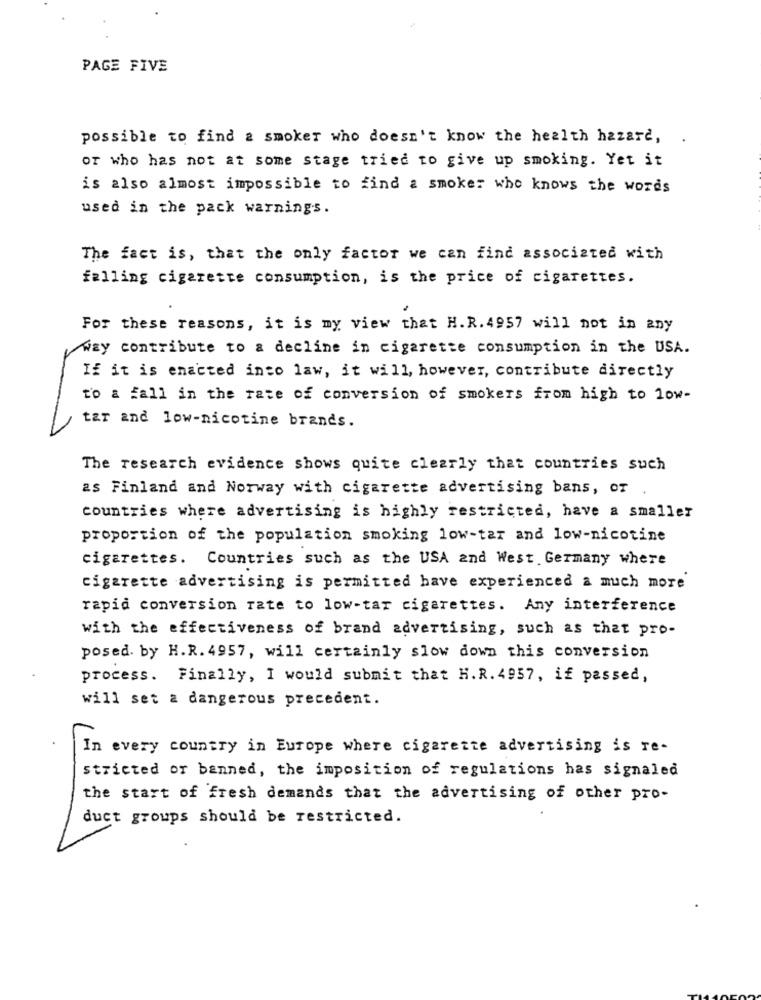
PAGE FIVE
possible to find a smoker who doesn't know the health hazard, .
or who has not at some stage tried to give up smoking. Yet it
is also almost impossible to find a smoker who knows the words
used in the pack warnings.
The fact is, that the only factor we can find associated with
falling cigarette consumption, is the price of cigarettes.
For these reasons, it is my view that H.R. 4957 will not in any
way contribute to a decline in cigarette consumption in the USA.
If it is enacted into law, it will, however, contribute directly
to a fall in the rate of conversion of smokers from high to low-
tar and low-nicotine brands.
The research evidence shows quite clearly that countries such
as Finland and Norway with cigarette advertising bans, or
countries where advertising is highly restricted, have a smaller
proportion of the population smoking low-tar and low-nicotine
cigarettes. Countries such as the USA and West Germany where
cigarette advertising is permitted have experienced a much more
rapid conversion rate to low-tar cigarettes. Any interference
with the effectiveness of brand advertising, such as that pro-
posed by H.R. 4957, will certainly slow down this conversion
process. Finally, I would submit that H.R. 4957, if passed,
will set a dangerous precedent.
In every country in Europe where cigarette advertising is re-
stricted or banned, the imposition of regulations has signaled
the start of fresh demands that the advertising of other pro-
duct groups should be restricted.